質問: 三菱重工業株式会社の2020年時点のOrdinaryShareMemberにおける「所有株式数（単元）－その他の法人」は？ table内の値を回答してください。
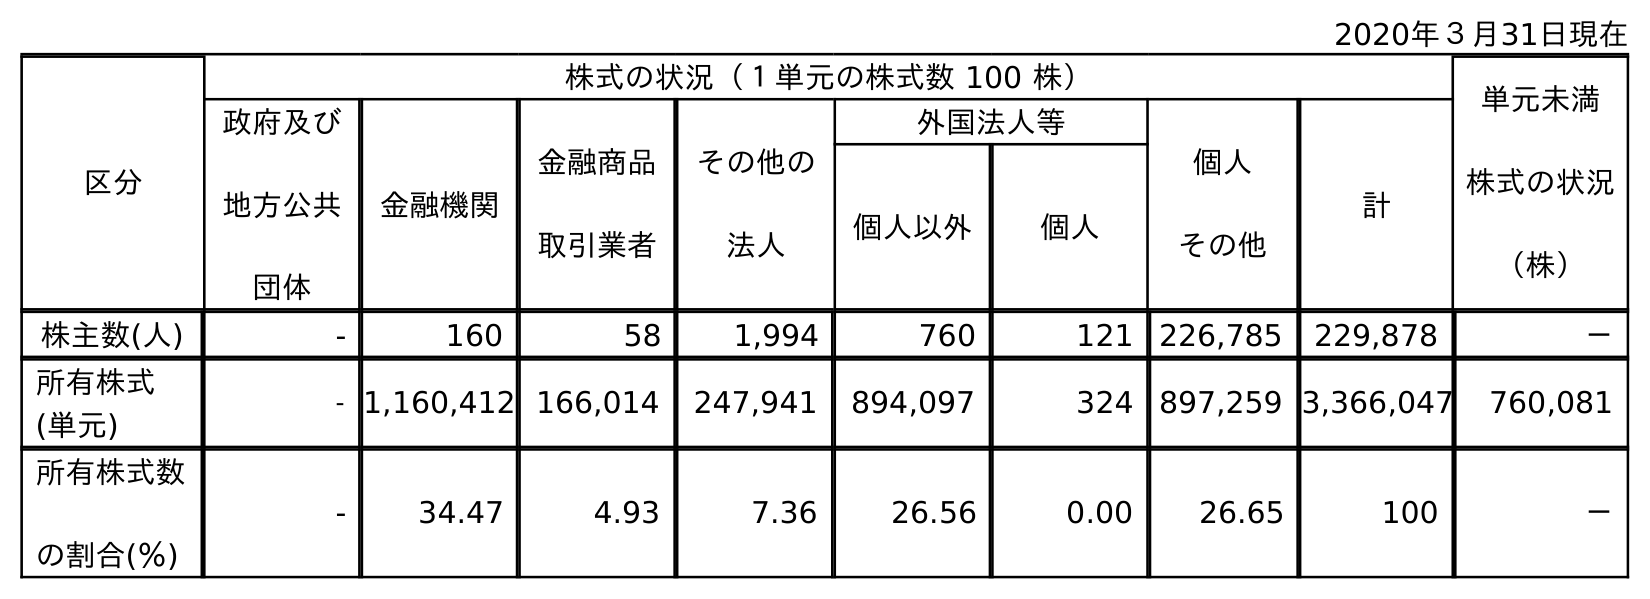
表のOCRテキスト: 2020年３月31日現在 区分 株式の状況（１単元の株式数 100 株） 単元未満 株式の状況 （株） 政府及び 地方公共 団体 金融機関 金融商品 取引業者 その他の 法人 外国法人等 個人 その他 計 個人以外 個人 株主数(人) - 160 58 1,994 760 121 226,785 229,878 － 所有株式 (単元) - 1,160,412 166,014 247,941 894,097 324 897,259 3,366,047 760,081 所有株式数 の割合(％) - 34.47 4.93 7.36 26.56 0.00 26.65 100 －
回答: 247,941